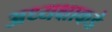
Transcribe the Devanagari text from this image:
अध्यक्षाकडे